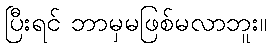
ပြီးရင် ဘာမှမဖြစ်မလာဘူး။